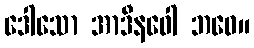
ဒေါသော အာဒီနဝေါ ဘဝေ။